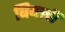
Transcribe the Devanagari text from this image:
बियाची